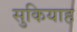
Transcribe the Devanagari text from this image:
सुकियाह